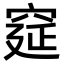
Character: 𮃾